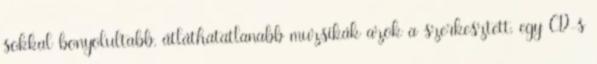
sokkal bonyolultabb, átláthatatlanabb muzsikák azok a szerkesztett, egy CD-s